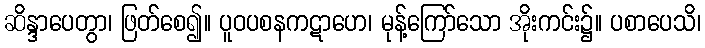
ဆိန္ဒာပေတွာ၊ ဖြတ်စေ၍။ ပူဝပစနကဋာဟေ၊ မုန့်ကြော်သော အိုးကင်း၌။ ပစာပေသိ၊